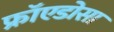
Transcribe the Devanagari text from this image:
फ्रॉएडोसा